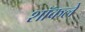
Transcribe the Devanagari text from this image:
शॉकले